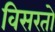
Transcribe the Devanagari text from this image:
विसरतो